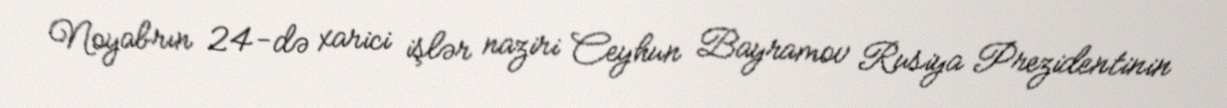
Noyabrın 24-də xarici işlər naziri Ceyhun Bayramov Rusiya Prezidentinin